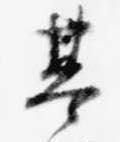
基